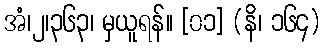
အံ၊၂၊၃၆၃၊ မှယူရန်။ [၀၁] (နိ၊ ၁၆၄)